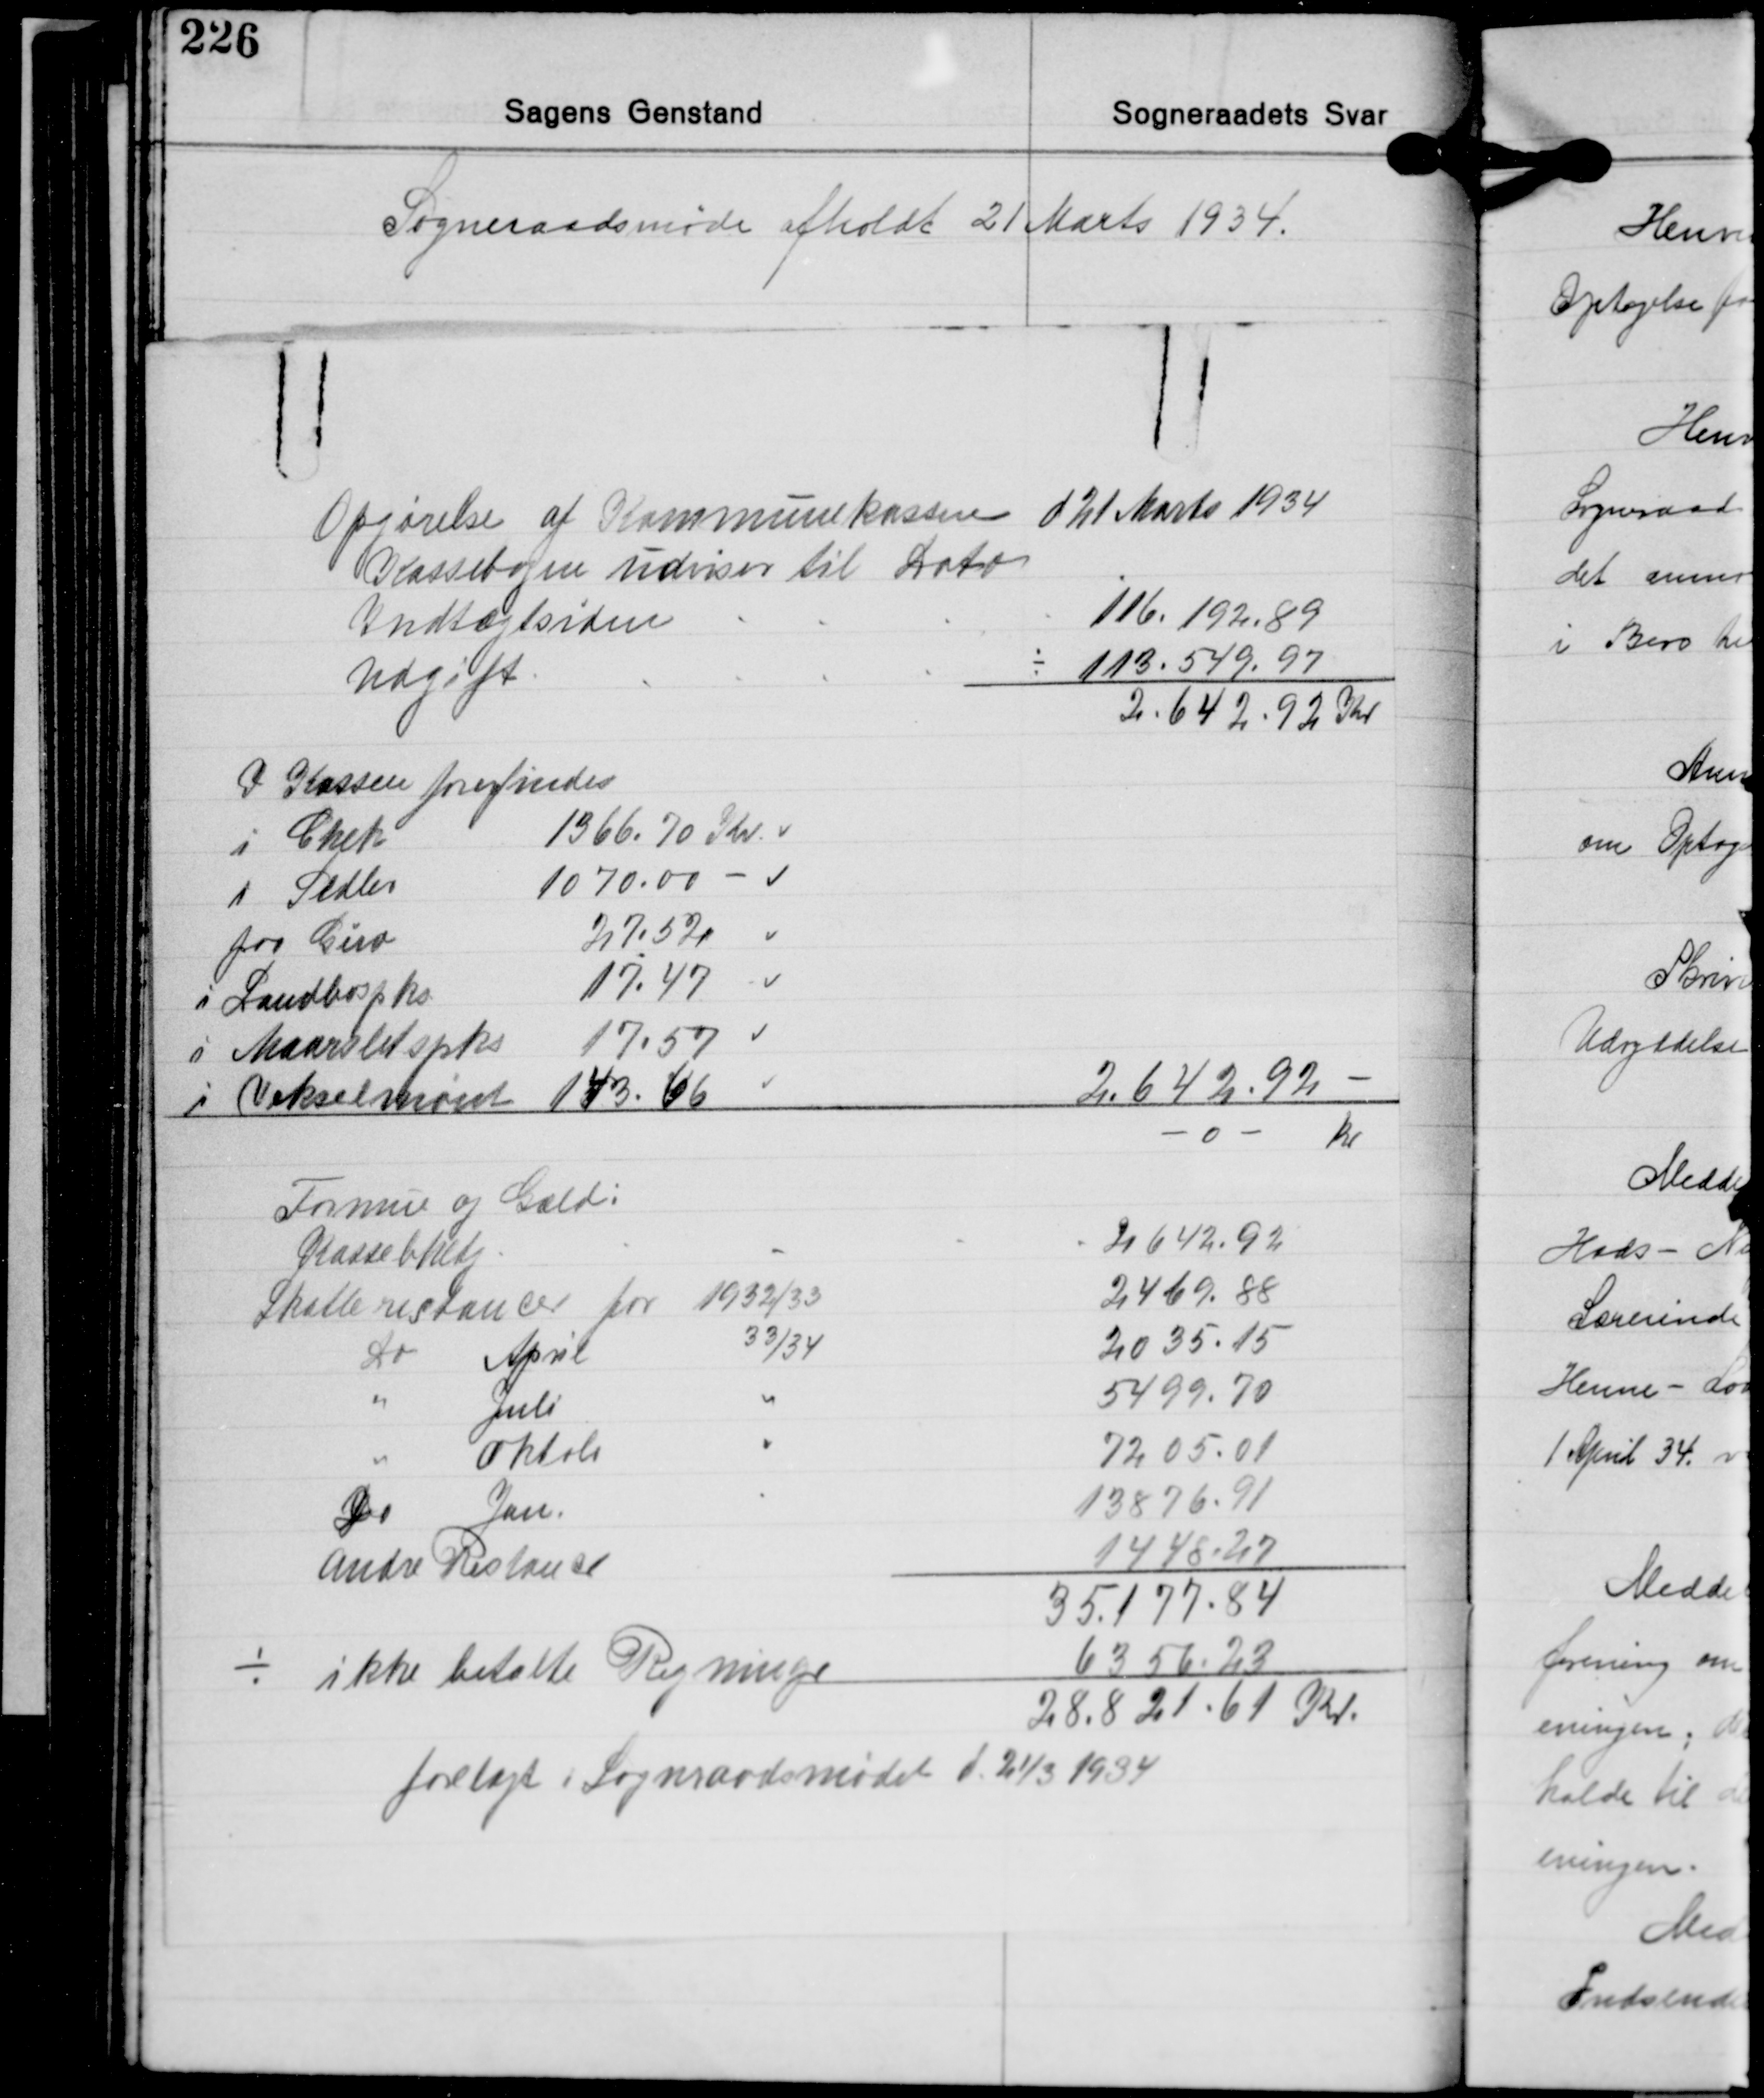
Transskription:
Sogneraadsmøde afholdt 21 Marts 1934.

Opgørelse af Kommunekassen d 21 Marts 1934
Kassebogen udviser til Dato
Indtægtsiden 116.192.89
Udgift ÷ 113.549.97
2.642.92 Kr.

I Kassen forefindes
i Chek 1366.70 Kr.
1 Sedler 1070.00 -
paa Giro 27.52
i Landbospks. 17,47
i Maarslet spks. 17.57
i Vekselmønt 143.66 2.642.92 -
-o- Kr.

Formue og Gæld:
Kassebhodg. 2642.92
Skatterestancer for 1932/33 2469.88
Do April 33/34 2035.15
" Juli " 5499.70
" Oktobr. " 7205.01
Do Jan. " 13876.91
Andre Restanse 1448.27
35.177.84
÷ ikke betalte Regninger 6356.23
28.821.61 Kr.
forelagt i Sogneraadsmødet d. 21/3 1934